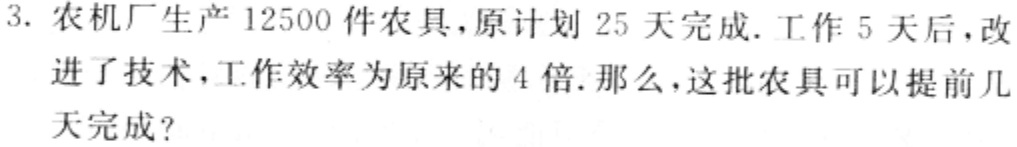
3. 农机厂生产$12500$件农具，原计划$25$天完成. 工作$5$天后，改进了技术，工作效率为原来的$4$倍. 那么，这批农具可以提前几天完成？